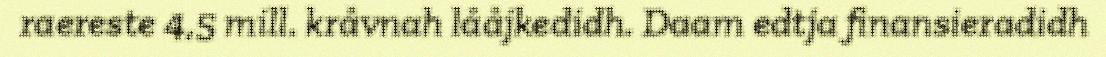
raereste 4,5 mill. kråvnah lååjkedidh. Daam edtja finansieradidh